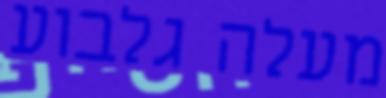
מעלה גלבוע